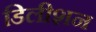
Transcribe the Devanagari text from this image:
डिलीशन